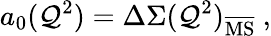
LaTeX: a_{0}(\mathcal{Q}^{2})=\Delta\Sigma(\mathcal{Q}^{2})_{\mathrm{{\overline{{{{MS}}}}}}}~,